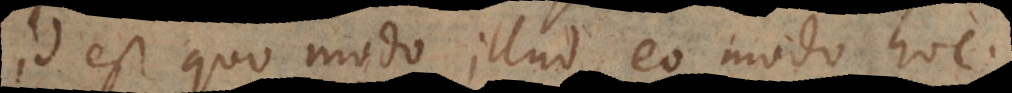
id est quo modo illud, eo modo hoc.